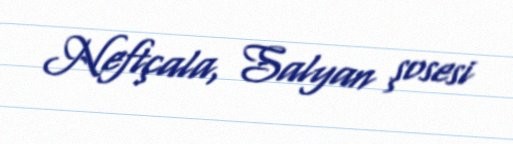
Neftçala, Salyan şosesi